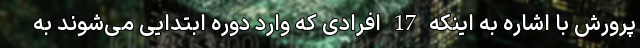
پرورش با اشاره به اینکه 17 افرادی که وارد دوره ابتدایی می‌شوند به